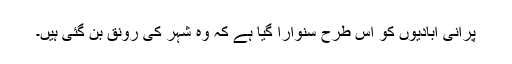
پرانی آبادیوں کو اس طرح سنوارا گیا ہے کہ وہ شہر کی رونق بن گئی ہیں۔